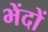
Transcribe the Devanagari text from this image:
भेंदों